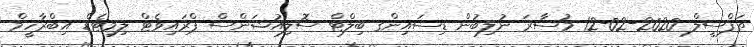
ތަފްސީލް 2020-02-12 މުސާރަ ނުލިބުން ޑިސައިންގ ބިލްޓް ސޮލިއުޝަންސް ޕްރައިވެޓް ލިމިޓެޑް އިބްރާހީމް